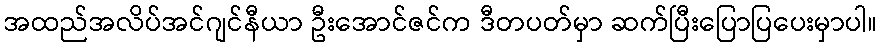
အထည်အလိပ်အင်ဂျင်နီယာ ဦးအောင်ဇင်က ဒီတပတ်မှာ ဆက်ပြီးပြောပြပေးမှာပါ။